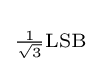
\scriptstyle {\frac {1}{\sqrt {3}}}\mathrm {LSB}